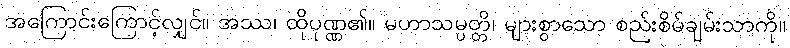
အကြောင်းကြောင့်လျှင်။ အဿ၊ ထိုပုဏ္ဏ၏။ မဟာသမ္ပတ္တိ၊ များစွာသော စည်းစိမ်ချမ်းသာကို။